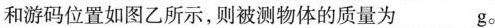
和游码位置如图乙所示，则被测物体的质量为___g。